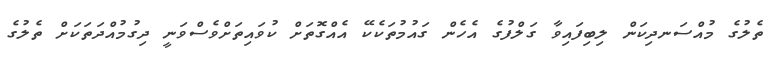
ތެލުގެ މުއްސަނދިކަން ލިބިފައިވާ ގަލްފުގެ އެހެން ގައުމުތަކެކޭ އެއްގޮތަށް ކުވައިތަށްވެސްވަނީ ދިގުމުއްދަތަކަށް ތެލުގެ